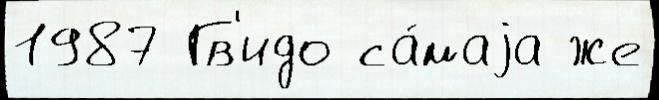
1987 Гв'идо са́маjа же